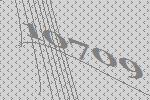
10709